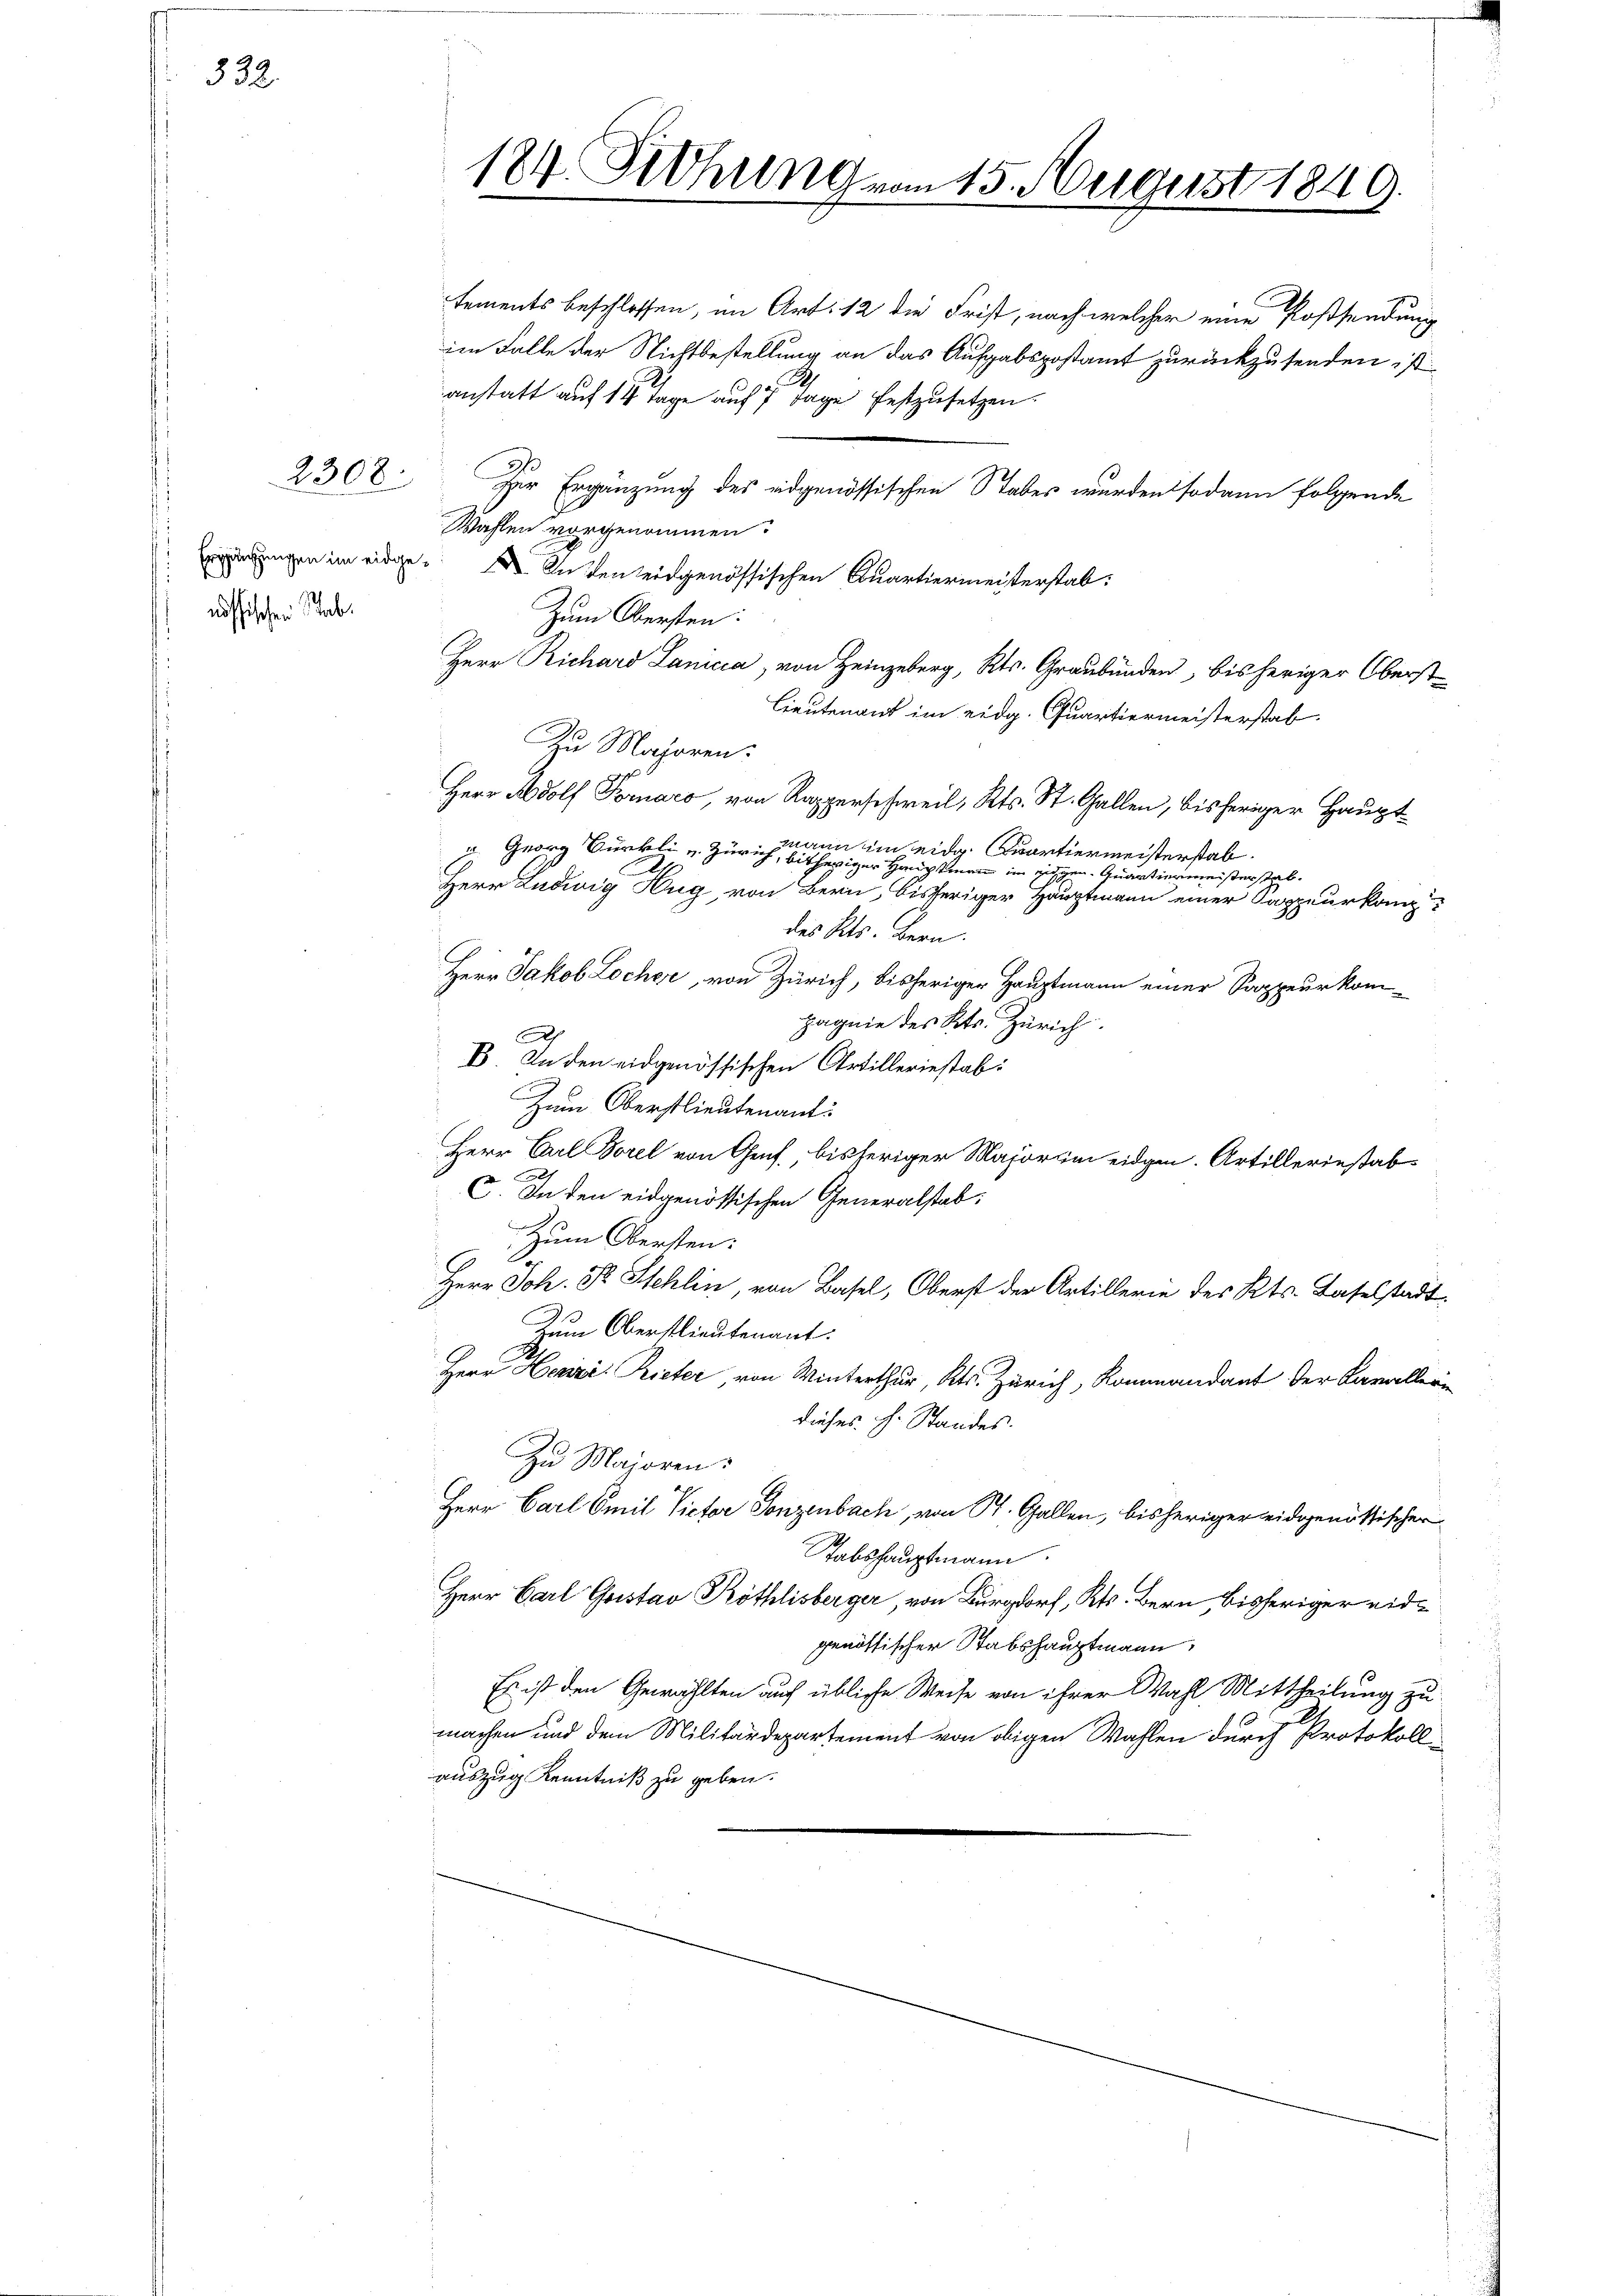
332.

e
nössischen Stab.

2308.

Zur Ergänzung des eidgenössischen Stabes wurden sodann folgende
Wahlen vorgenommen.
Eriindungen im eidge. In den eidgenössischen Quartiermeisterstab.
Zum Obersten:
Herr Richard Lanicca, von Heinzuberg, Kts. Graubünden, bisheriger Oberst¬
Lieutenant im eidg. Quartiermeisterstab.
Zu Majoren.
Herr Adolf Fornaro, von Rapperschweil, Kts. St. Gallen, bisheriger Hauptwann im eidg. partiermeisterstab.
 Georg Bürkli v. Zürich, bisheriger Hauptmann im Eigen Quartiermeisterstab.
Herr Ludwig Hug, von Bern, bisheriger Hauptmann einer Sappeurkanzdes Kts. Bern.
C
Herr Jakob Locher, von Zürich, bisheriger Hauptmann einer Sappeurkompagnie des Kts. Zürich
Ah
B. In den eidgenössischen Artilleriestab
Zum Oberstlieutenant:
Herr Carl Borel von Genf. bisheriger Major im eidgen. Artilleriestab¬
 In den eidgenössischen Generalstab;
Zum Obersten:
Herr Joh. Pr. Stehlin, von Basel, Oberst der Artillerie des Kts. Baselstadt
Zum Oberstlieutenant:
Herr Henzi Rieter, von Winterthur, Kts. Zürich, Kommandant der Kavallerdieses H. Standes.
Zu Majoren.
Herr Carl Emil Victor Jonzenbach, von St. Gallen, bisheriger leidgenössischer
Tabshauptmann.
Herr Carl Geistav Köthlisberger, von Burgdorf, Kts. Bern, bisheriger eidgenössischer Stabshauptmann
Es ist den Gewählten auf übliche Weise von ihrer Wahl Mittheilung zu
machen und dem Militärdepartement von obigen Wahlen durch Protokoll
auszug Kenntniß zu geben.

124. Fethung vom 15. August 1849.

tements beschlossen, im Art. 12 die Frist, nach welcher eine Postsendung
im Falle der Nichtbestellung an das Aufgabspostamt zurückzusenden ist.
anstatt auf 14 Tage auf 7 Tage festzusetzen.